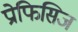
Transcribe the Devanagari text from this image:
प्रोफिसिज